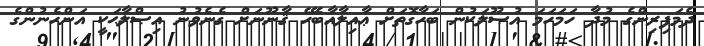
ދެމަފިރިންގެ މުދާ ހަމަހަމަ އުޞޫލަކުން ބަހާގޮތަށް ޢާއިލާއާބެހޭ ޤާނޫނަށް ގެނެވުނު އިޞްލާޙަކީ އަންހެނުންގެ